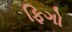
ફિગો